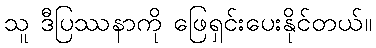
သူ ဒီပြဿနာကို ဖြေရှင်းပေးနိုင်တယ်။